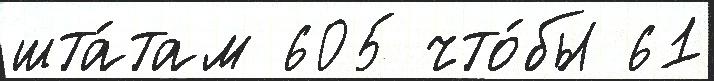
шта́там 605 что́бы 61